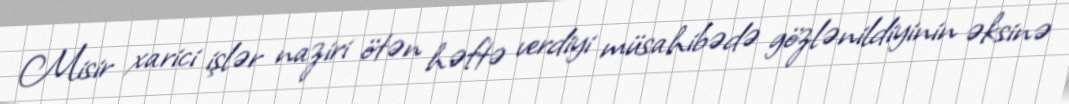
Misir xarici işlər naziri ötən həftə verdiyi müsahibədə gözlənildiyinin əksinə